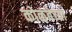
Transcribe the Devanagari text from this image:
कोळंबेच्या